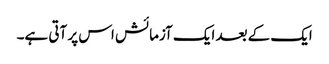
ایک کے بعد ایک آزمائش اس پر آتی ہے۔